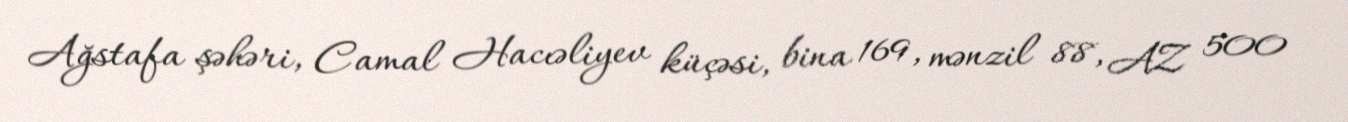
Ağstafa şəhəri, Camal Hacıəliyev küçəsi, bina 169, mənzil 88, AZ 500